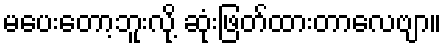
မပေးတော့ဘူးလို့ ဆုံးဖြတ်ထားတာလေဗျာ။